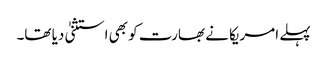
پہلے امریکا نے بھارت کو بھی استثنیٰ دیا تھا۔